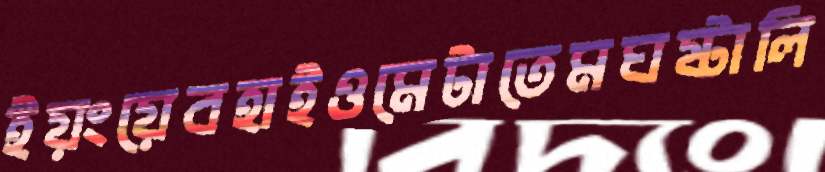
ইয়ংয়েবহাইওমেটাতেমঘষ্‌টালি